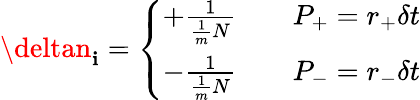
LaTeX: \deltan_{\mathbf{i}}=\left\{ \begin{array}{ll}{+\frac{1}{\frac{1}{m}N}}&{\quad P_{+}=r_{+}\delta t}\\ {-\frac{1}{\frac{1}{m}N}}&{\quad P_{-}=r_{-}\delta t}\end{array}\right.